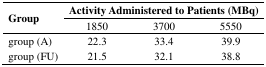
<table><thead><tr><td rowspan="2"><b>Group</b></td><td colspan="3"><b>Activity Administered to Patients (MBq)</b></td></tr><tr><td><b>1850</b></td><td><b>3700</b></td><td><b>5550</b></td></tr></thead><tbody><tr><td>group (A)</td><td>22.3</td><td>33.4</td><td>39.9</td></tr><tr><td>group (FU)</td><td>21.5</td><td>32.1</td><td>38.8</td></tr></tbody></table>